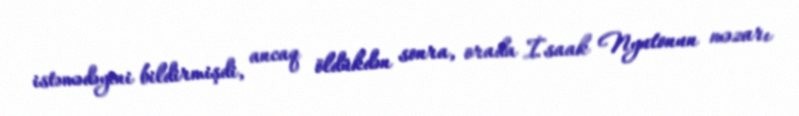
istəmədəyini bildirmişdi, ancaq öldükdən sonra, orada İsaak Nyutonun məzarı